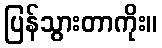
ပြန်သွားတာကိုး။